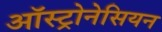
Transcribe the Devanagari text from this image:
ऑस्ट्रोनेसियन